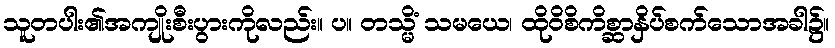
သူတပါး၏အကျိုးစီးပွားကိုလည်း။ ပ။ တသ္မိံ သမယေ၊ ထိုဝိစိကိစ္ဆာနှိပ်စက်သောအခါ၌။